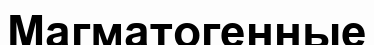
Магматогенные